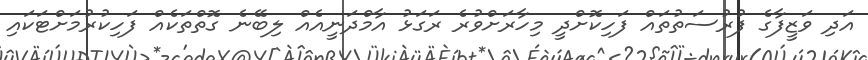
އަދި ވަޒީފާގެ ފުރުސަތުތައް ފަހިކޮށްދީ މިހާރަށްވުރެ ރަގަޅު އާމްދަނީއެއް ލިބޭނެ ގޮތްތަކެއް ފަހިކުރުމަށްޓަކައި